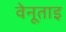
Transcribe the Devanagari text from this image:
वेनूताइ